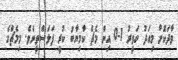
ވާދަކޮށް މިއަދު ހަވީރު 1-0 އިން މެޗް ކާމިޔާބު ކުރީ ފަލަސްތީނެވެ. މިމެޗްގެ